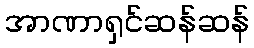
အာဏာရှင်ဆန်ဆန်